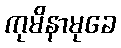
ကုမိနာမုခေ